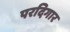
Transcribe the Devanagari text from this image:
परदिगार